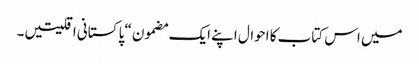
میں اس کتاب کا احوال اپنے ایک مضمون “پا کستانی اقلیتیں ۔